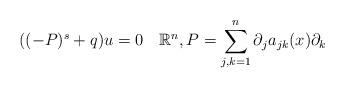
LaTeX: \begin{align*}((-P)^{s}+q)u=0\quad\mathbb{R}^{n}, P=\sum_{j,k=1}^{n}\partial_{j}a_{jk}(x)\partial_{k} \end{align*}